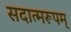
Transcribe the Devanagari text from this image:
सदात्मरूपम्